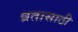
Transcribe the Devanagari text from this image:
व्रतासाठी